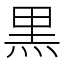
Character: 黒